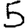
Digit: 5